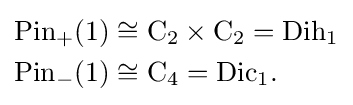
{\begin{aligned}{\mbox{Pin}}_{+}(1)&\cong \mathrm {C} _{2}\times \mathrm {C} _{2}={\mbox{Dih}}_{1}\\{\mbox{Pin}}_{-}(1)&\cong \mathrm {C} _{4}={\mbox{Dic}}_{1}.\end{aligned}}